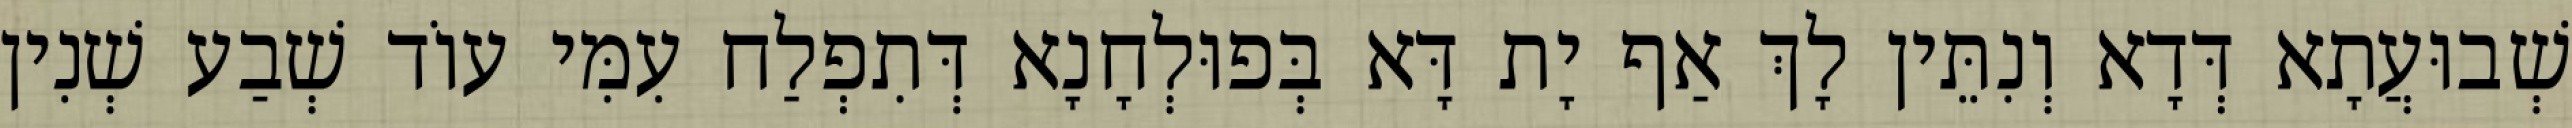
שְׁבוּעֲתָא דְּדָא וְנִתֵּין לָךְ אַף יָת דָּא בְּפוּלְחָנָא דְּתִפְלַח עִמִּי עוֹד שְׁבַע שְׁנִין